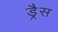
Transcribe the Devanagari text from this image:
ड्रैस